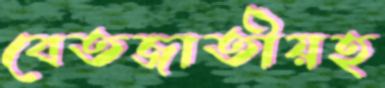
বেতজাতীয়হ